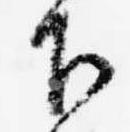
下